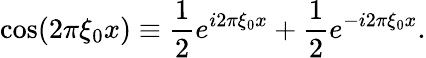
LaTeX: \cos(2\pi\xi_{0}x)\equiv{\frac{1}{2}}e^{i2\pi\xi_{0}x}+{\frac{1}{2}}e^{-i2\pi\xi_{0}x}.